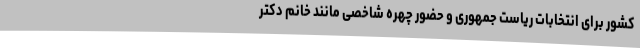
کشور برای انتخابات ریاست جمهوری و حضور چهره شاخصی مانند خانم دکتر